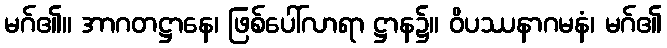
မဂ်၏။ အာဂတဋ္ဌာနေ၊ ဖြစ်ပေါ်လာရာ ဋ္ဌာန၌။ ဝိပဿနာဂမနံ၊ မဂ်၏